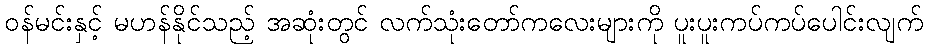
ဝန်မင်းနှင့် မဟန်နိုင်သည့် အဆုံးတွင် လက်သုံးတော်ကလေးများကို ပူးပူးကပ်ကပ်ပေါင်းလျက်